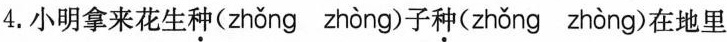
4.小明拿来花生种(zhǒng zhòng)子种(zhǒng zhòng)在地里